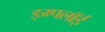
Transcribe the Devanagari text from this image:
इम्पलॉई